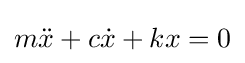
m{\ddot {x}}+c{\dot {x}}+kx=0